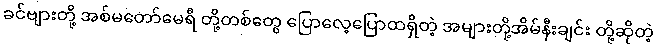
ခင်ဗျားတို့ အစ်မတော်မေရီ တို့တစ်တွေ ပြောလေ့ပြောထရှိတဲ့ အများတို့အိမ်နီးချင်း တို့ဆိုတဲ့